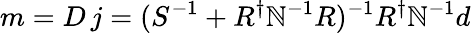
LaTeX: m=D\, j=(S^{-1}+R^{\dagger}\mathbb{N}^{-1}R)^{-1}R^{\dagger}\mathbb{N}^{-1}d